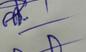
Signature authenticity: forged